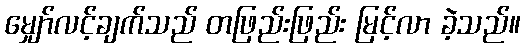
မျှော်လင့်ချက်သည် တဖြည်းဖြည်း မြင့်လာ ခဲ့သည်။